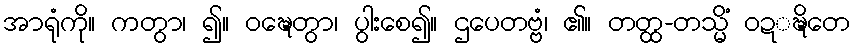
အာရုံကို။ ကတွာ၊ ၍။ ဝဍ္ဎေတွာ၊ ပွါးစေ၍။ ဌပေတဗ္ဗံ၊ ၏။ တတ္ထ-တသ္မိံ ဝဍ္ဍ္ဎိတေ